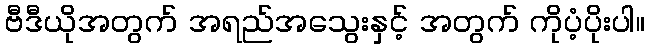
ဗီဒီယိုအတွက် အရည်အသွေးနှင့် အတွက် ကိုပံ့ပိုးပါ။